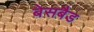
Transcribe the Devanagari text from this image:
बेसबैड